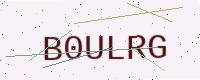
Text: B0ULRG